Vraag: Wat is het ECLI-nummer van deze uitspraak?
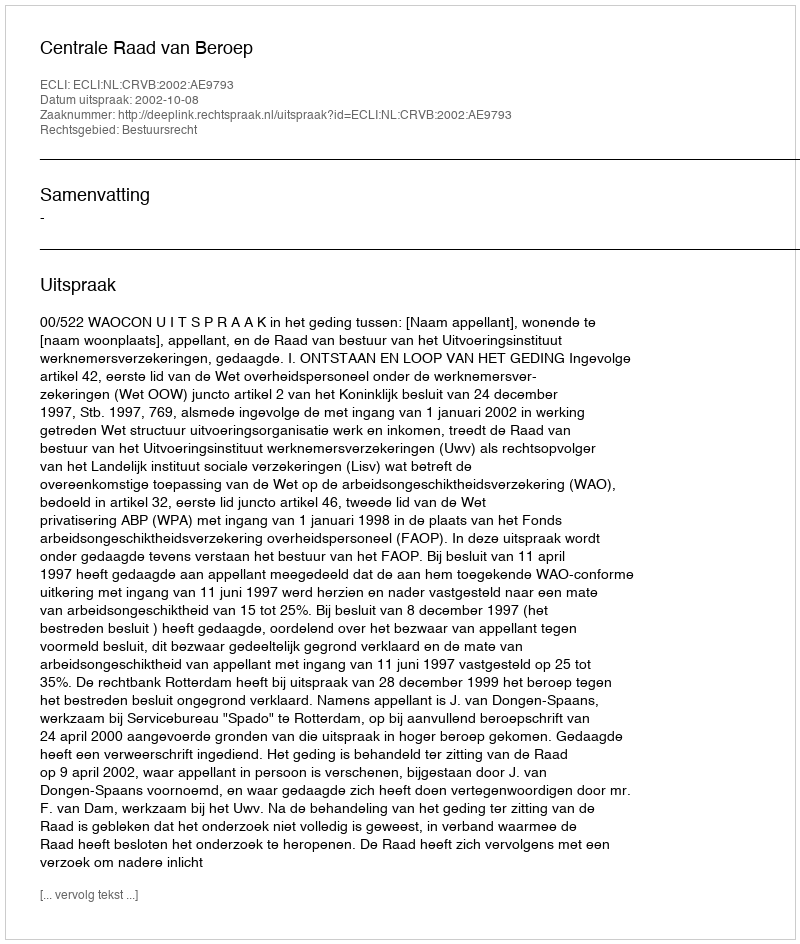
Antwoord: ECLI:NL:CRVB:2002:AE9793